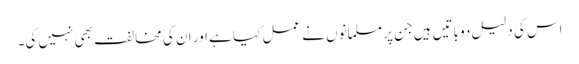
اس کی دلیل دو باتیں ہیں جن پر مسلمانوں نے عمل کیا ہے اور ان کی مخالفت بھی نہیں کی۔